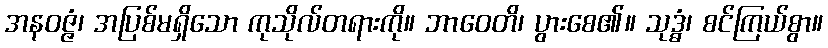
အနဝဇ္ဇံ၊ အပြစ်မရှိသော ကုသိုလ်တရားကို။ ဘာဝေတိ၊ ပွားစေ၏။ သုဒ္ဓံ၊ စင်ကြယ်စွာ။